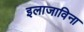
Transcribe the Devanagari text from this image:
इलाजाविना